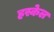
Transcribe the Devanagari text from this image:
हस्केल